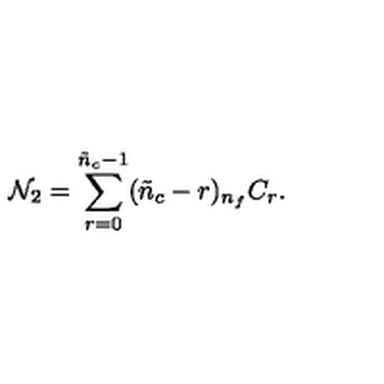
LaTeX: { \cal N } _ { 2 } = \sum _ { r = 0 } ^ { \tilde { n } _ { c } - 1 } ( \tilde { n } _ { c } - r ) { } _ { n _ { f } } C _ { r } .